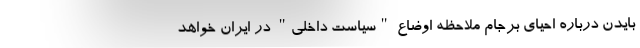
بایدن درباره احیای برجام ملاحظه اوضاع "سیاست داخلی" در ایران خواهد